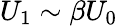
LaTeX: U_{1}\sim\beta U_{0}